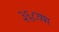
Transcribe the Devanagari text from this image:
३६८व्या